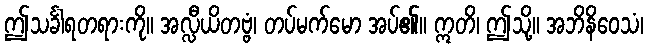
ဤသင်္ခါရတရားကို။ အလ္လီယိတဗ္ဗံ၊ တပ်မက်မော အပ်၏။ ဣတိ၊ ဤသို့။ အဘိနိဝေသံ၊